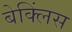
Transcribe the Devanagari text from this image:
बेक्लिंस